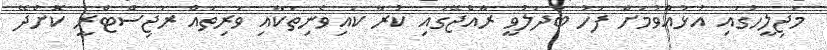
މަޖިލީހުގައި އުޅުއްވުމަށް ފަހު ބަދަލުވީ ރާއްޖޭގައި ކުރާ ކައިވެނިތަކާއި ވަރިތައް ރަޖިސްޓްރީ ކޮށްދޭ